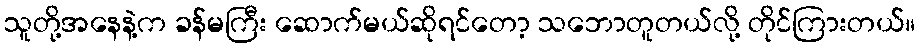
သူတို့အနေနဲ့က ခန်မကြီး ဆောက်မယ်ဆိုရင်တော့ သဘောတူတယ်လို့ တိုင်ကြားတယ်။